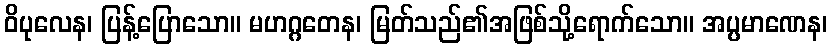
ဝိပုလေန၊ ပြန့်ပြောသော။ မဟဂ္ဂတေန၊ မြတ်သည်၏အဖြစ်သို့ရောက်သော။ အပ္ပမာဏေန၊